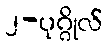
၂-ပုဂ္ဂိုလ်